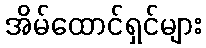
အိမ်ထောင်ရှင်များ